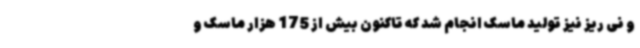
و نی ریز نیز تولید ماسک انجام شد که تاکنون بیش از 175 هزار ماسک و